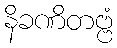
နိခဏိတဗ္ဗံ